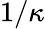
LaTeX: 1/\kappa